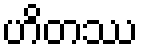
ဟိတဿ